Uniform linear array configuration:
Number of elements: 8
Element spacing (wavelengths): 1
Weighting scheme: hamming
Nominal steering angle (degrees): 30
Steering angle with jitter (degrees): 31.057
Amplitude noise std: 0.05
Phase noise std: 0.05

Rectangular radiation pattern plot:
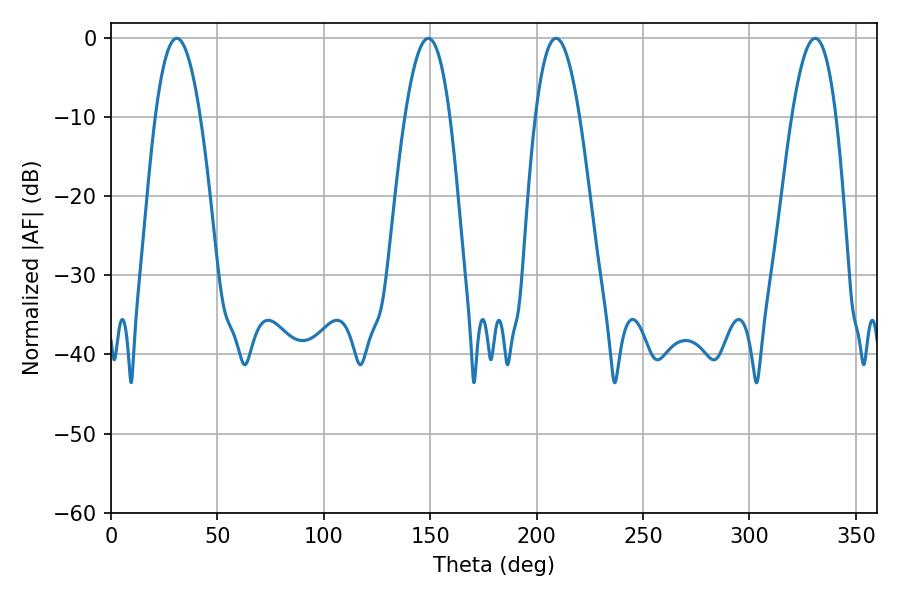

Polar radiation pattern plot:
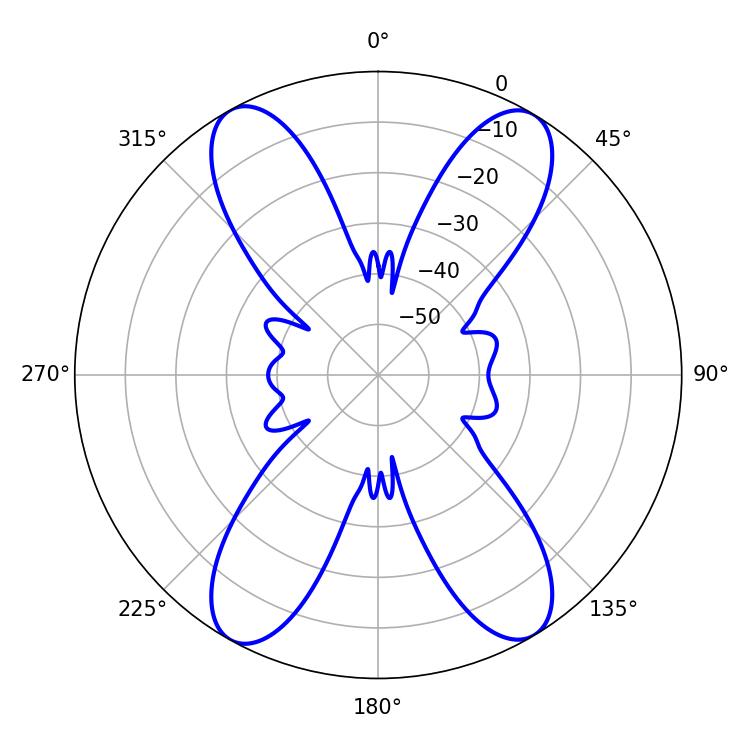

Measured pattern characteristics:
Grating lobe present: TRUE
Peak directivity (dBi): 21.422
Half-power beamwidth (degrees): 11.34
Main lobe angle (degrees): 209.16